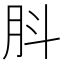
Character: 𦙒